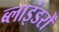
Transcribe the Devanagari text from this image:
ब्लाइंडरों